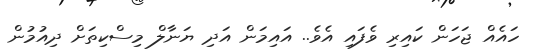
ހައެއް ޖަހަން ކައިރި ވެފައި އެވެ.. އައިމަން އަދި ޔަނާލް މިސްކިތަށް ދިއުމުން